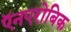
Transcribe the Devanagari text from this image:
ऍनएरोबिक